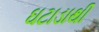
ઘટાડાથી